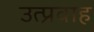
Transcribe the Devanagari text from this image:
उत्प्रवाह